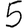
Digit: 5